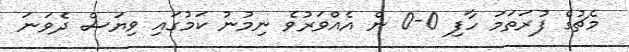
މެޗުގެ ފުރަތަމަ ހާފި 0-0 ން އެއްވަރުވެ ނިމުނު ކަމުގައި ވިޔަސް ދެވަނަ